Report on the administration of the Government Cinchona Department 1892-98
Year: 1892
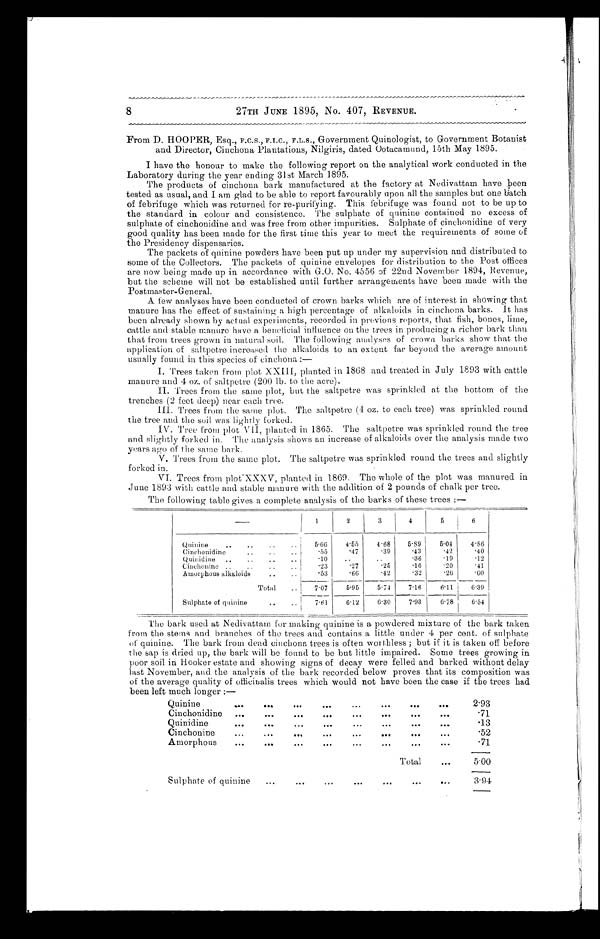
8
27TH JUNE 1895 , No. 407 , REVENUE.
From D. HOOPER, Esq., F.C.S., F.I.C., F.L.S., Government Quinologist, to Government Botanist
and Director, Cinchona Plantations, Nilgiris, dated Ootacamund, 15th May 1895.
I have the honour to make the following report on the analytical work conducted in the
Laboratory during the year ending 31st March 1895.
The products of cinchona bark manufactured at the factory at Nedivattam have been
tested as usual, and I am glad to be able to report favourably upon all the samples but one batch
of febrifuge which was returned for re-purifying. This febrifuge was found not to be up to
the standard in colour and consistence. The sulphate of quinine contained no excess of
sulphate of cinchonidine and was free from other impurities. Sulphate of cinchonidine of very
good quality has been made for the first time this year to meet the requirements of some of
the Presidency dispensaries.
The packets of quinine powders have been put up under my supervision and distributed to
some of the Collectors. The packets of quinine envelopes for distribution to the Post offices
are now being made up in accordance with G.O. No. 4556 of 22nd November 1894, Revenue,
but the scheme will not be established until further arrangements have been made with the
Postmaster-General.
A few analyses have been conducted of crown barks which are of interest in showing that
manure has the effect of sustaining a high percentage of alkaloids in cinchona barks. It has
been already shown by actual experiments, recorded in previous reports, that fish, bones, lime,
cattle and stable manure have a beneficial influence on the trees in producing a richer bark than
that from trees grown in natural soil. The following analyses of crown barks show that the
application of saltpetre increased the alkaloids to an extent far beyond the average amount
usually found in this species of cinchona:
—
I. Trees taken from plot XXIII, planted in 1868 and treated in July 1893 with cattle
manure and 4 oz. of saltpetre (200 lb. to the acre).
II. Trees from the same plot, but the saltpetre was sprinkled at the bottom of the
trenches (2 feet deep) near each tree.
III. Trees from the same plot. The saltpetre (4 oz. to each tree) was sprinkled round
the tree and the soil was lightly forked.
I V . T r e e f r o m p l o t V I I , p l a n t e d i n 1 8 6 5 . T h e s a l t p e t r e w a s s p r i n k l e d r o u n d t h e t r e e
and slightly forked in. The analysis shows an increase of alkaloids over the analysis made two
years ago of the same bark.
V. Trees from the same plot. The saltpetre was sprinkled round the trees and slightly
forked in.
VI. Trees from plot XXXV, planted in 1869. The whole of the plot was manured in
June 1893 with cattle and stable manure with the addition of 2 pounds of chalk per tree.
The following table gives a complete analysis of the barks of these trees:—
—
1
2
3
4
5 6
Quinine
5.66 4.55 4.68 5.89
5.04 4.86
Cinchonidine
.55
.47
.39
.43
.42
.40
Quinidine
.10
.36
.19
.12
Cinchonine
.23
.27
.25
.16
.20
.41
Amorphous alkaloids
.53
.66
.42
.32
.26
.60
Total
7.07
5.95 5.74 7.16
6.11 6.39
Sulphate of quinine
7.61 6.12 6.30 7.93
6.78 6.54
The bark used at Nedivattam for making quinine is a powdered mixture of the bark taken
from the stems and branches of the trees and contains a little under 4 per cent. of sulphate
of quinine. The bark from dead cinchona trees is often worthless; but if it is taken off before
the sap is dried up, the bark will be found to be but little impaired. Some trees growing in
poor soil in Hooker estate and showing signs of decay were felled and barked without delay
last November, and the analysis of the bark recorded below proves that its composition was
of the average quality of officinalis trees which would not have been the case if the trees had
been left much longer:—
Quinine
2.93
Cinchonidine
.71
Quinidine
.13
Cinchonine
.52
Amorphous
.71
Total
5.00
Sulphate of quinine
3.94